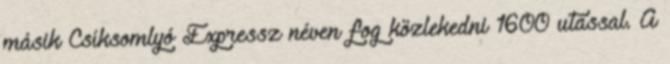
másik Csíksomlyó Expressz néven fog közlekedni 1600 utassal. A